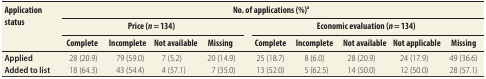
| <ROWSPAN=3> Application status | <COLSPAN=10> No. of applications (%)a |
 | <COLSPAN=4> Price (n = 134) | <ROWSPAN=2>  | <COLSPAN=5> Economic evaluation (n = 134) |
 | Complete | Incomplete | Not available | Missing | Complete | Incomplete | Not available | Not applicable | Missing |
 | --- | --- | --- | --- | --- | --- | --- | --- | --- | --- | --- |
 | Applied | 28 (20.9) | 79 (59.0) | 7 (5.2) | 20 (14.9) |  | 25 (18.7) | 8 (6.0) | 28 (20.9) | 24 (17.9) | 49 (36.6) |
 | Added to list | 18 (64.3) | 43 (54.4) | 4 (57.1) | 7 (35.0) |  | 13 (52.0) | 5 (62.5) | 14 (50.0) | 12 (50.0) | 28 (57.1) |